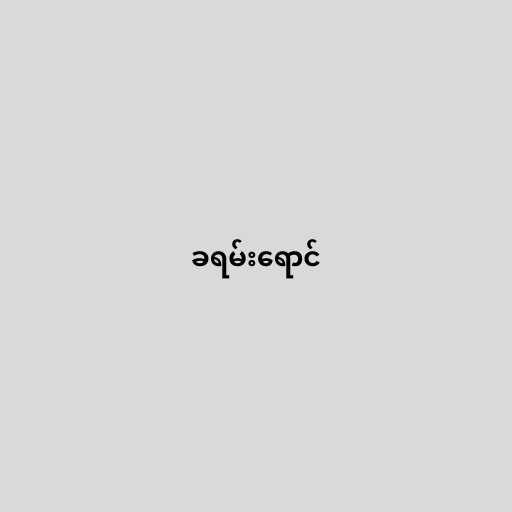
ခရမ်းရောင်